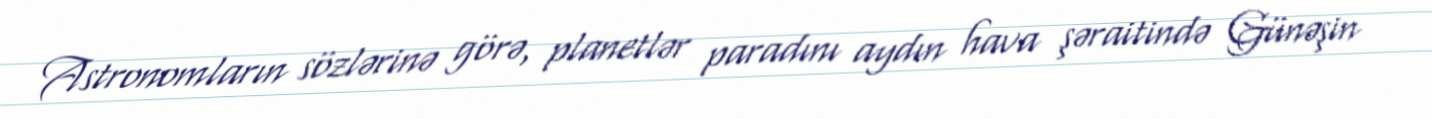
Astronomların sözlərinə görə, planetlər paradını aydın hava şəraitində Günəşin